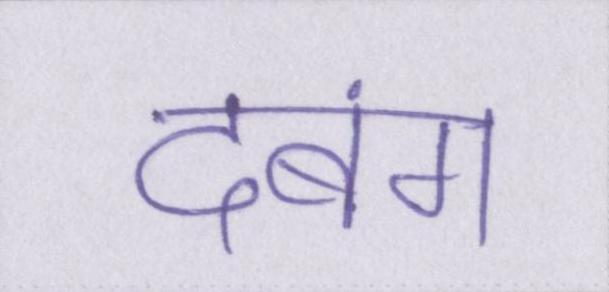
दबंग